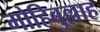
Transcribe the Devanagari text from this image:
मोहिबुल्लाह